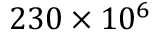
2 3 0 \times 1 0 ^ { 6 }